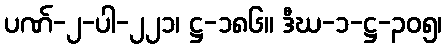
ပဏ်-၂-ပါ-၂၂၁၊ ဋ္ဌ-၁၈၆။ ဒီဃ-၁-ဋ္ဌ-၃၀၅၊